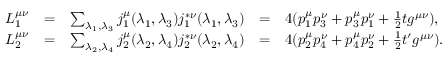
\begin{array} { l c l c l } { { L _ { 1 } ^ { \mu \nu } } } & { { = } } & { { \sum _ { \lambda _ { 1 } , \lambda _ { 3 } } j _ { 1 } ^ { \mu } ( \lambda _ { 1 } , \lambda _ { 3 } ) j _ { 1 } ^ { * \nu } ( \lambda _ { 1 } , \lambda _ { 3 } ) } } & { { = } } & { { 4 ( p _ { 1 } ^ { \mu } p _ { 3 } ^ { \nu } + p _ { 3 } ^ { \mu } p _ { 1 } ^ { \nu } + \frac { 1 } { 2 } t g ^ { \mu \nu } ) , } } \\ { { L _ { 2 } ^ { \mu \nu } } } & { { = } } & { { \sum _ { \lambda _ { 2 } , \lambda _ { 4 } } j _ { 2 } ^ { \mu } ( \lambda _ { 2 } , \lambda _ { 4 } ) j _ { 2 } ^ { * \nu } ( \lambda _ { 2 } , \lambda _ { 4 } ) } } & { { = } } & { { 4 ( p _ { 2 } ^ { \mu } p _ { 4 } ^ { \nu } + p _ { 4 } ^ { \mu } p _ { 2 } ^ { \nu } + \frac { 1 } { 2 } t ^ { \prime } g ^ { \mu \nu } ) . } } \end{array}